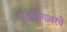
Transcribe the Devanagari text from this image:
हातमागावरचे